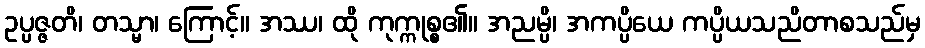
ဥပ္ပဇ္ဇတိ၊ တသ္မာ၊ ကြောင့်။ အဿ၊ ထို ကုက္ကုစ္စ၏။ အညမ္ပိ၊ အကပ္ပိယေ ကပ္ပိယသညိတာစသည်မှ